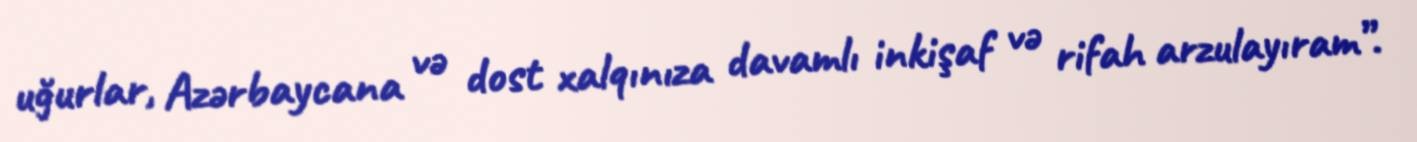
uğurlar, Azərbaycana və dost xalqınıza davamlı inkişaf və rifah arzulayıram”.